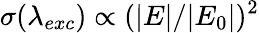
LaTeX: \sigma(\lambda_{exc})\propto(|E|/|E_{0}|)^{2}